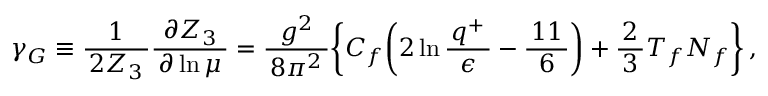
\gamma _ { G } \equiv \frac { 1 } { \, 2 Z _ { 3 } \, } \frac { \partial Z _ { 3 } } { \, \partial \ln \mu \, } = \frac { g ^ { 2 } } { \, 8 \pi ^ { 2 } \, } \biggl \{ C _ { f } \biggl ( 2 \ln \frac { \, q ^ { + } \, } { \epsilon } - \frac { \, 1 1 \, } { 6 } \biggr ) + \frac { 2 } { \, 3 \, } T _ { f } N _ { f } \biggr \} \, ,